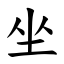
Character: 坐